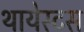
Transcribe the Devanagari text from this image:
थायेस्टस